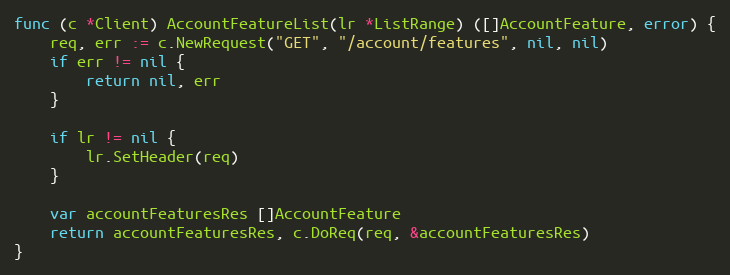
Language: Go
func (c *Client) AccountFeatureList(lr *ListRange) ([]AccountFeature, error) {
	req, err := c.NewRequest("GET", "/account/features", nil, nil)
	if err != nil {
		return nil, err
	}

	if lr != nil {
		lr.SetHeader(req)
	}

	var accountFeaturesRes []AccountFeature
	return accountFeaturesRes, c.DoReq(req, &accountFeaturesRes)
}